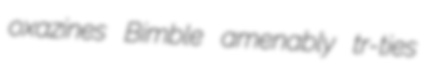
oxazines Bimble amenably tr-ties